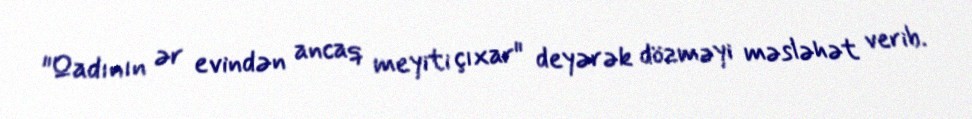
"Qadının ər evindən ancaq meyiti çıxar" deyərək dözməyi məsləhət verib.